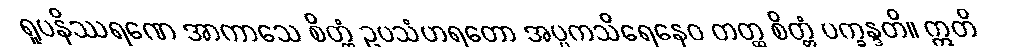
ရူပနိဿရဏေ အာကာသေ စိတ္တံ ဥပသံဟရတော အပ္ပကသိရေနေဝ တတ္ထ စိတ္တံ ပက္ခန္ဒတိ။ ဣတိ